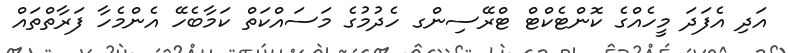
އަދި އެފަދަ މީހެއްގެ ކޮންޓެކްޓް ޓްރޭސިންގ ހެދުމުގެ މަސައްކަތް ކަމާބެހޭ އެންމެހާ ފަރާތްތައް